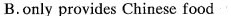
B.only provides Chinese food C. was set up in the year of 1980